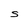
Character: S